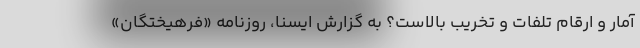
آمار و ارقام تلفات و تخریب بالاست؟ به گزارش ایسنا، روزنامه «فرهیختگان»